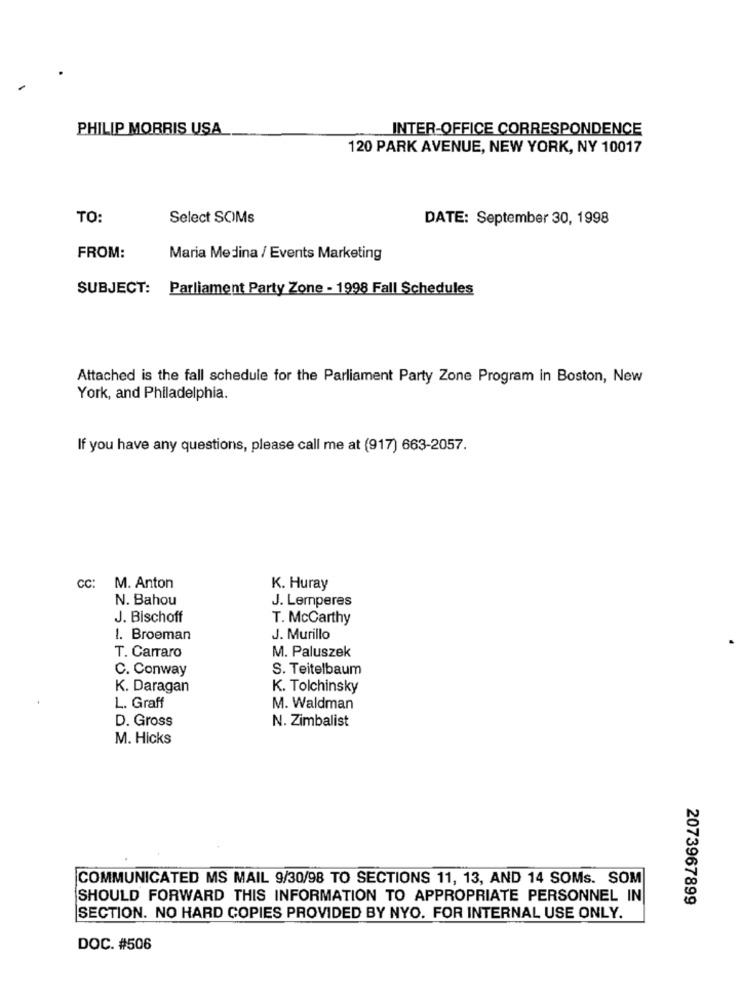
PHILIP MORRIS USA
INTER-OFFICE CORRESPONDENCE
120 PARK AVENUE, NEW YORK, NY 10017
TO:
Select SOMs
DATE: September 30, 1998
FROM:
Maria Medina / Events Marketing
SUBJECT: Parliament Party Zone - 1998 Fall Schedules
Attached is the fall schedule for the Parliament Party Zone Program in Boston, New
York, and Philadelphia.
If you have any questions, please call me at (917) 663-2057.
CC:
M. Anton
K. Huray
N. Bahou
J. Lemperes
J. Bischoff
T. McCarthy
1. Broeman
J. Murillo
T. Carraro
M. Paluszek
C. Conway
S. Teitelbaum
K. Daragan
K. Tolchinsky
L. Graff
M. Waldman
D. Gross
N. Zimbalist
M. Hicks
COMMUNICATED MS MAIL 9/30/98 TO SECTIONS 11, 13, AND 14 SOMs. SOM
SHOULD FORWARD THIS INFORMATION TO APPROPRIATE PERSONNEL IN
2073967899
SECTION. NO HARD COPIES PROVIDED BY NYO. FOR INTERNAL USE ONLY.
DOC. #506